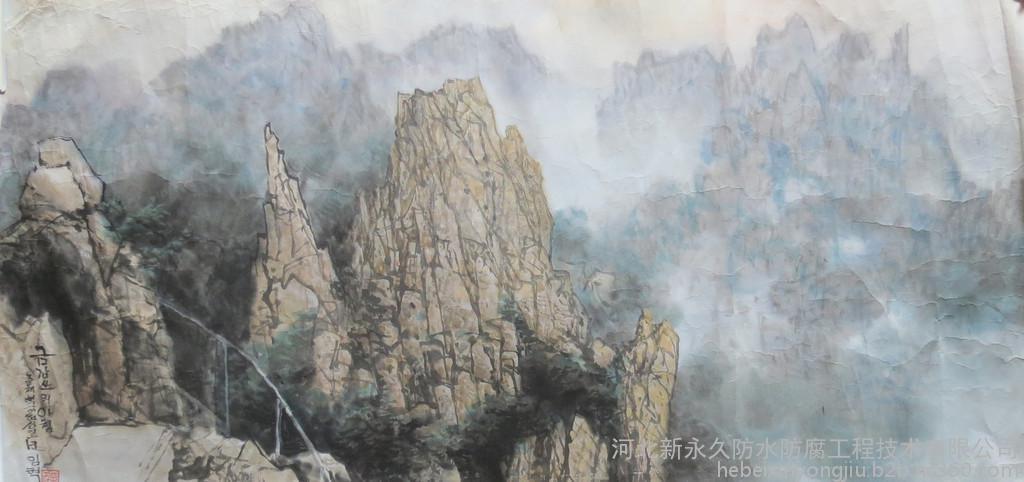
金刚则折，革刚则裂。